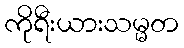
ကိုရီးယားသမ္မတ